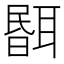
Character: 𦖫